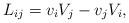
LaTeX: \begin{align*} L_{ij} = v_i V_j - v_j V_i,\end{align*}